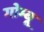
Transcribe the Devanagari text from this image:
गोम्बू